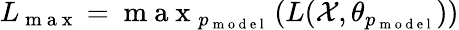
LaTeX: L_{\mathrm{~m~a~x~}}=\mathrm{~m~a~x~}_{p_{\mathrm{~m~o~d~e~l~}}}\left(L(\mathcal X,\theta_{p_{\mathrm{~m~o~d~e~l~}}})\right)